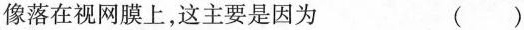
像落在视网膜上，这主要是因为 ()